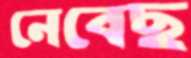
নেবেছ